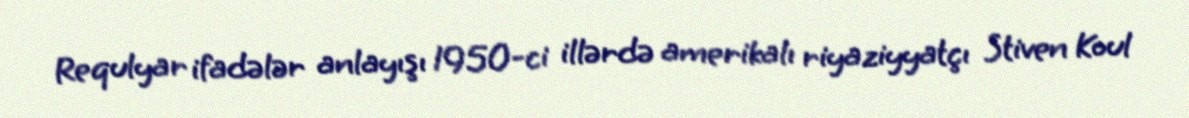
Requlyar ifadələr anlayışı 1950-ci illərdə amerikalı riyaziyyatçı Stiven Koul